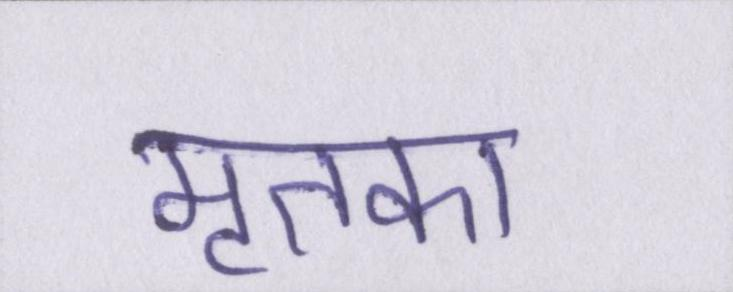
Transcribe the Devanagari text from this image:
मृतका